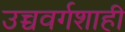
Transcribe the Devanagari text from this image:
उच्चवर्गशाही